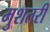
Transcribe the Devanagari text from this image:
मुशतरी